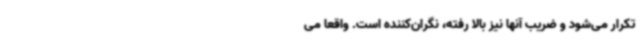
تکرار می‌شود و ضریب آنها نیز بالا رفته، نگران‌کننده است. واقعا می